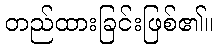
တည်ထားခြင်းဖြစ်၏။